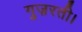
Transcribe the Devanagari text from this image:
गुज़रती।